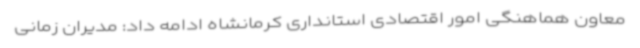
معاون هماهنگی امور اقتصادی استانداری کرمانشاه ادامه داد: مدیران زمانی